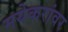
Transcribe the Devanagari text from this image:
मयेकरांवर